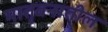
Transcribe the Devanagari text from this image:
मातृवनातील